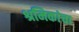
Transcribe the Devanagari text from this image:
श्रमिकांचा